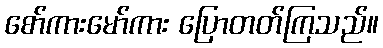
စော်ကားမော်ကား ပြောတတ်ကြသည်။